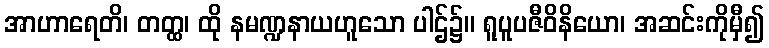
အာဟာရေတိ၊ တတ္ထ၊ ထို နမဏ္ဍနာယဟူသော ပါဌ်၌။ ရူပူပဇီဝိနိယော၊ အဆင်းကိုမှီ၍